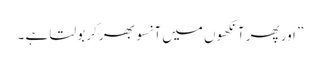
” اور پھر آنکھوں میں آنسو بھر کر بولتا ہے ۔